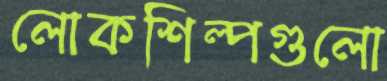
লোকশিল্পগুলো